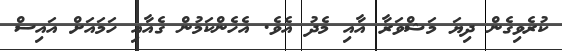
ކުރެވިގެން ދިޔަ މަޝްވަރާ އާއި މެދު އެވެ. އެހެންކަމުން ގެއާއި ހަމައަށް އައިސް